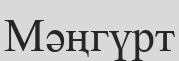
Мәңгүрт